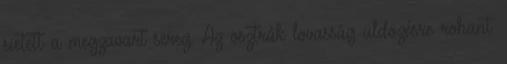
sietett a megzavart sereg. Az osztrák lovasság üldözésre rohant.